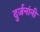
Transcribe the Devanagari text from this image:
दुर्जनांनी